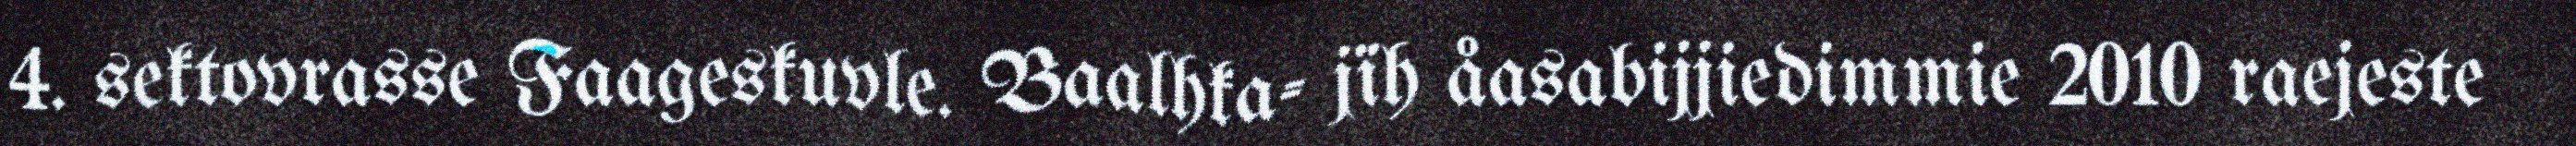
4. sektovrasse Faageskuvle. Baalhka- jïh åasabijjiedimmie 2010 raejeste